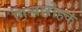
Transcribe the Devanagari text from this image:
गिऱ्यारोहक